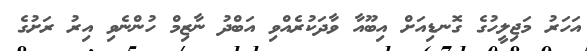
އަހަރު މަޖިލީހުގެ ގޮނޑިއަށް އިބޫއާ ވާދަކުރެއްވި އަބްދު ނާޒިމް ހުންނެވި އިރު ރަށުގެ